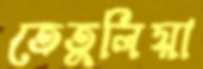
তেতুলিয়া